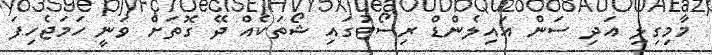
މާމިގިލި އަދި ސަން އައިލެންޑް ރިސޯޓުގައި ޝޯތަކެއް ދޭ ގޮތަށް ވަނީ ހަމަޖެހިފަ